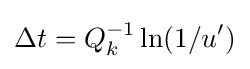
\Delta t=Q_{k}^{-1}\ln(1/u^{\prime })